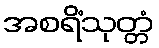
အစရိံသုတ္တံ